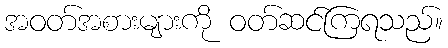
အဝတ်အစားများကို ဝတ်ဆင်ကြရသည်။